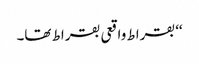
‘‘ بقراط واقعی بقراط تھا۔